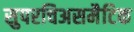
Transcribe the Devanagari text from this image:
सुपरचिअसमैटिक